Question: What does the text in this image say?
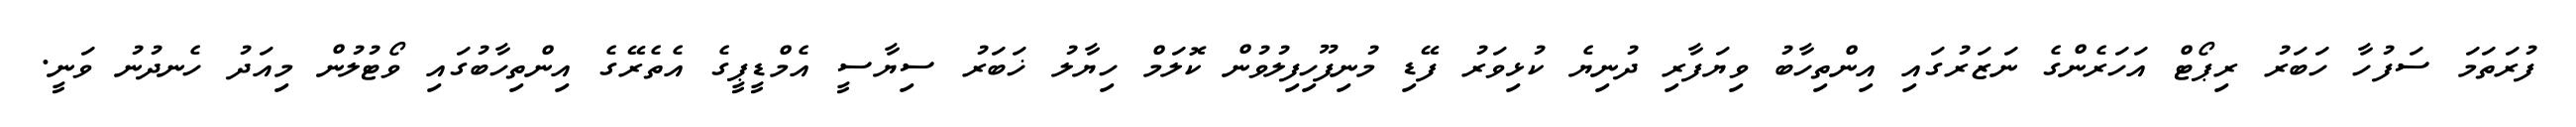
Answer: ފުރަތަމަ ސަފުހާ ހަބަރު ރިޕޯޓް އަހަރެންގެ ނަޒަރުގައި އިންތިހާބު ވިޔަފާރި ދުނިޔެ ކުޅިވަރު ފޭޑި މުނިފޫހިފިލުވުން ކޮލަމް ހިޔާލު ޚަބަރު ސިޔާސީ އެމްޑީޕީގެ އެތެރޭގެ އިންތިހާބުގައި ވޯޓުލުން މިއަދު ހެނދުނު ވަނީ.